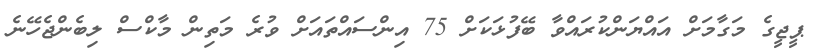
ޕީޖީގެ މަގާމަށް އައްޔަންކުރައްވާ ބޭފުޅަކަށް 75 އިންސައްތައަށް ވުރެ މަތިން މާކްސް ލިބެންޖެހޭނެ